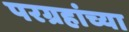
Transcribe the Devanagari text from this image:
परग्रहांच्या